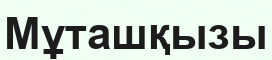
Мұташқызы